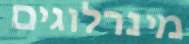
מינרלוגים